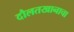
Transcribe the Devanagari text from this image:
दौलतखानाचा